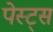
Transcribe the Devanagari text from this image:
पेस्ट्स